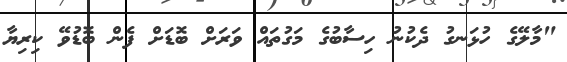
"މާލޭގެ ހުޅަނގު ދެކުނު ހިސާބުގެ މަގުތައް ވަރަށް ބޮޑަށް ފެން ބޮޑުވޭ ކިރިޔާ